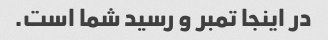
در اینجا تمبر و رسید شما است.